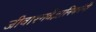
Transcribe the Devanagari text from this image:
जीवाश्मवैज्ञानिकांनी